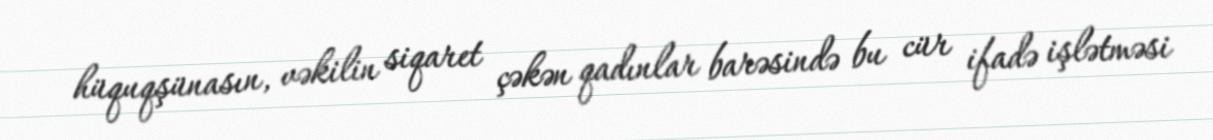
hüquqşünasın, vəkilin siqaret çəkən qadınlar barəsində bu cür ifadə işlətməsi